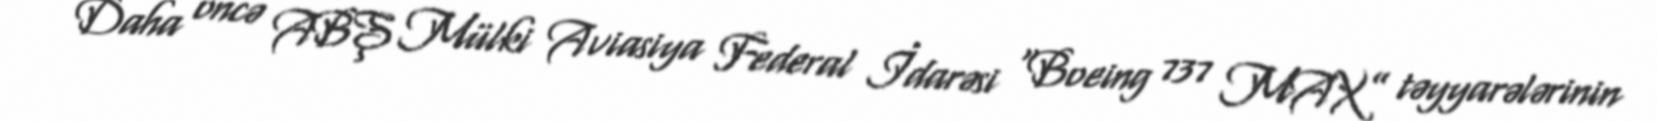
Daha öncə ABŞ Mülki Aviasiya Federal İdarəsi “Boeing 737 MAX” təyyarələrinin